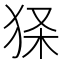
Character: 𤞎